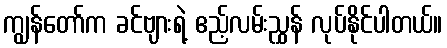
ကျွန်တော်က ခင်ဗျားရဲ့ ဧည့်လမ်းညွှန် လုပ်နိုင်ပါတယ်။